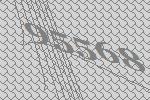
95568